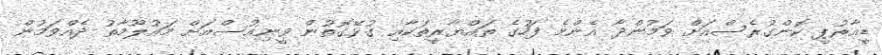
ޑީއާރުޕީ ކޮންގުރެސްއަށް ވަމުންދާ އެންމެ ފަހުގެ ތައްޔާރީތަކާއި ގުޅޭގޮތުން ވީނިއުސްއަށް މައުލޫމާތު ދެއްވަމުން